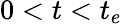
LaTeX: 0<t<t_{e}